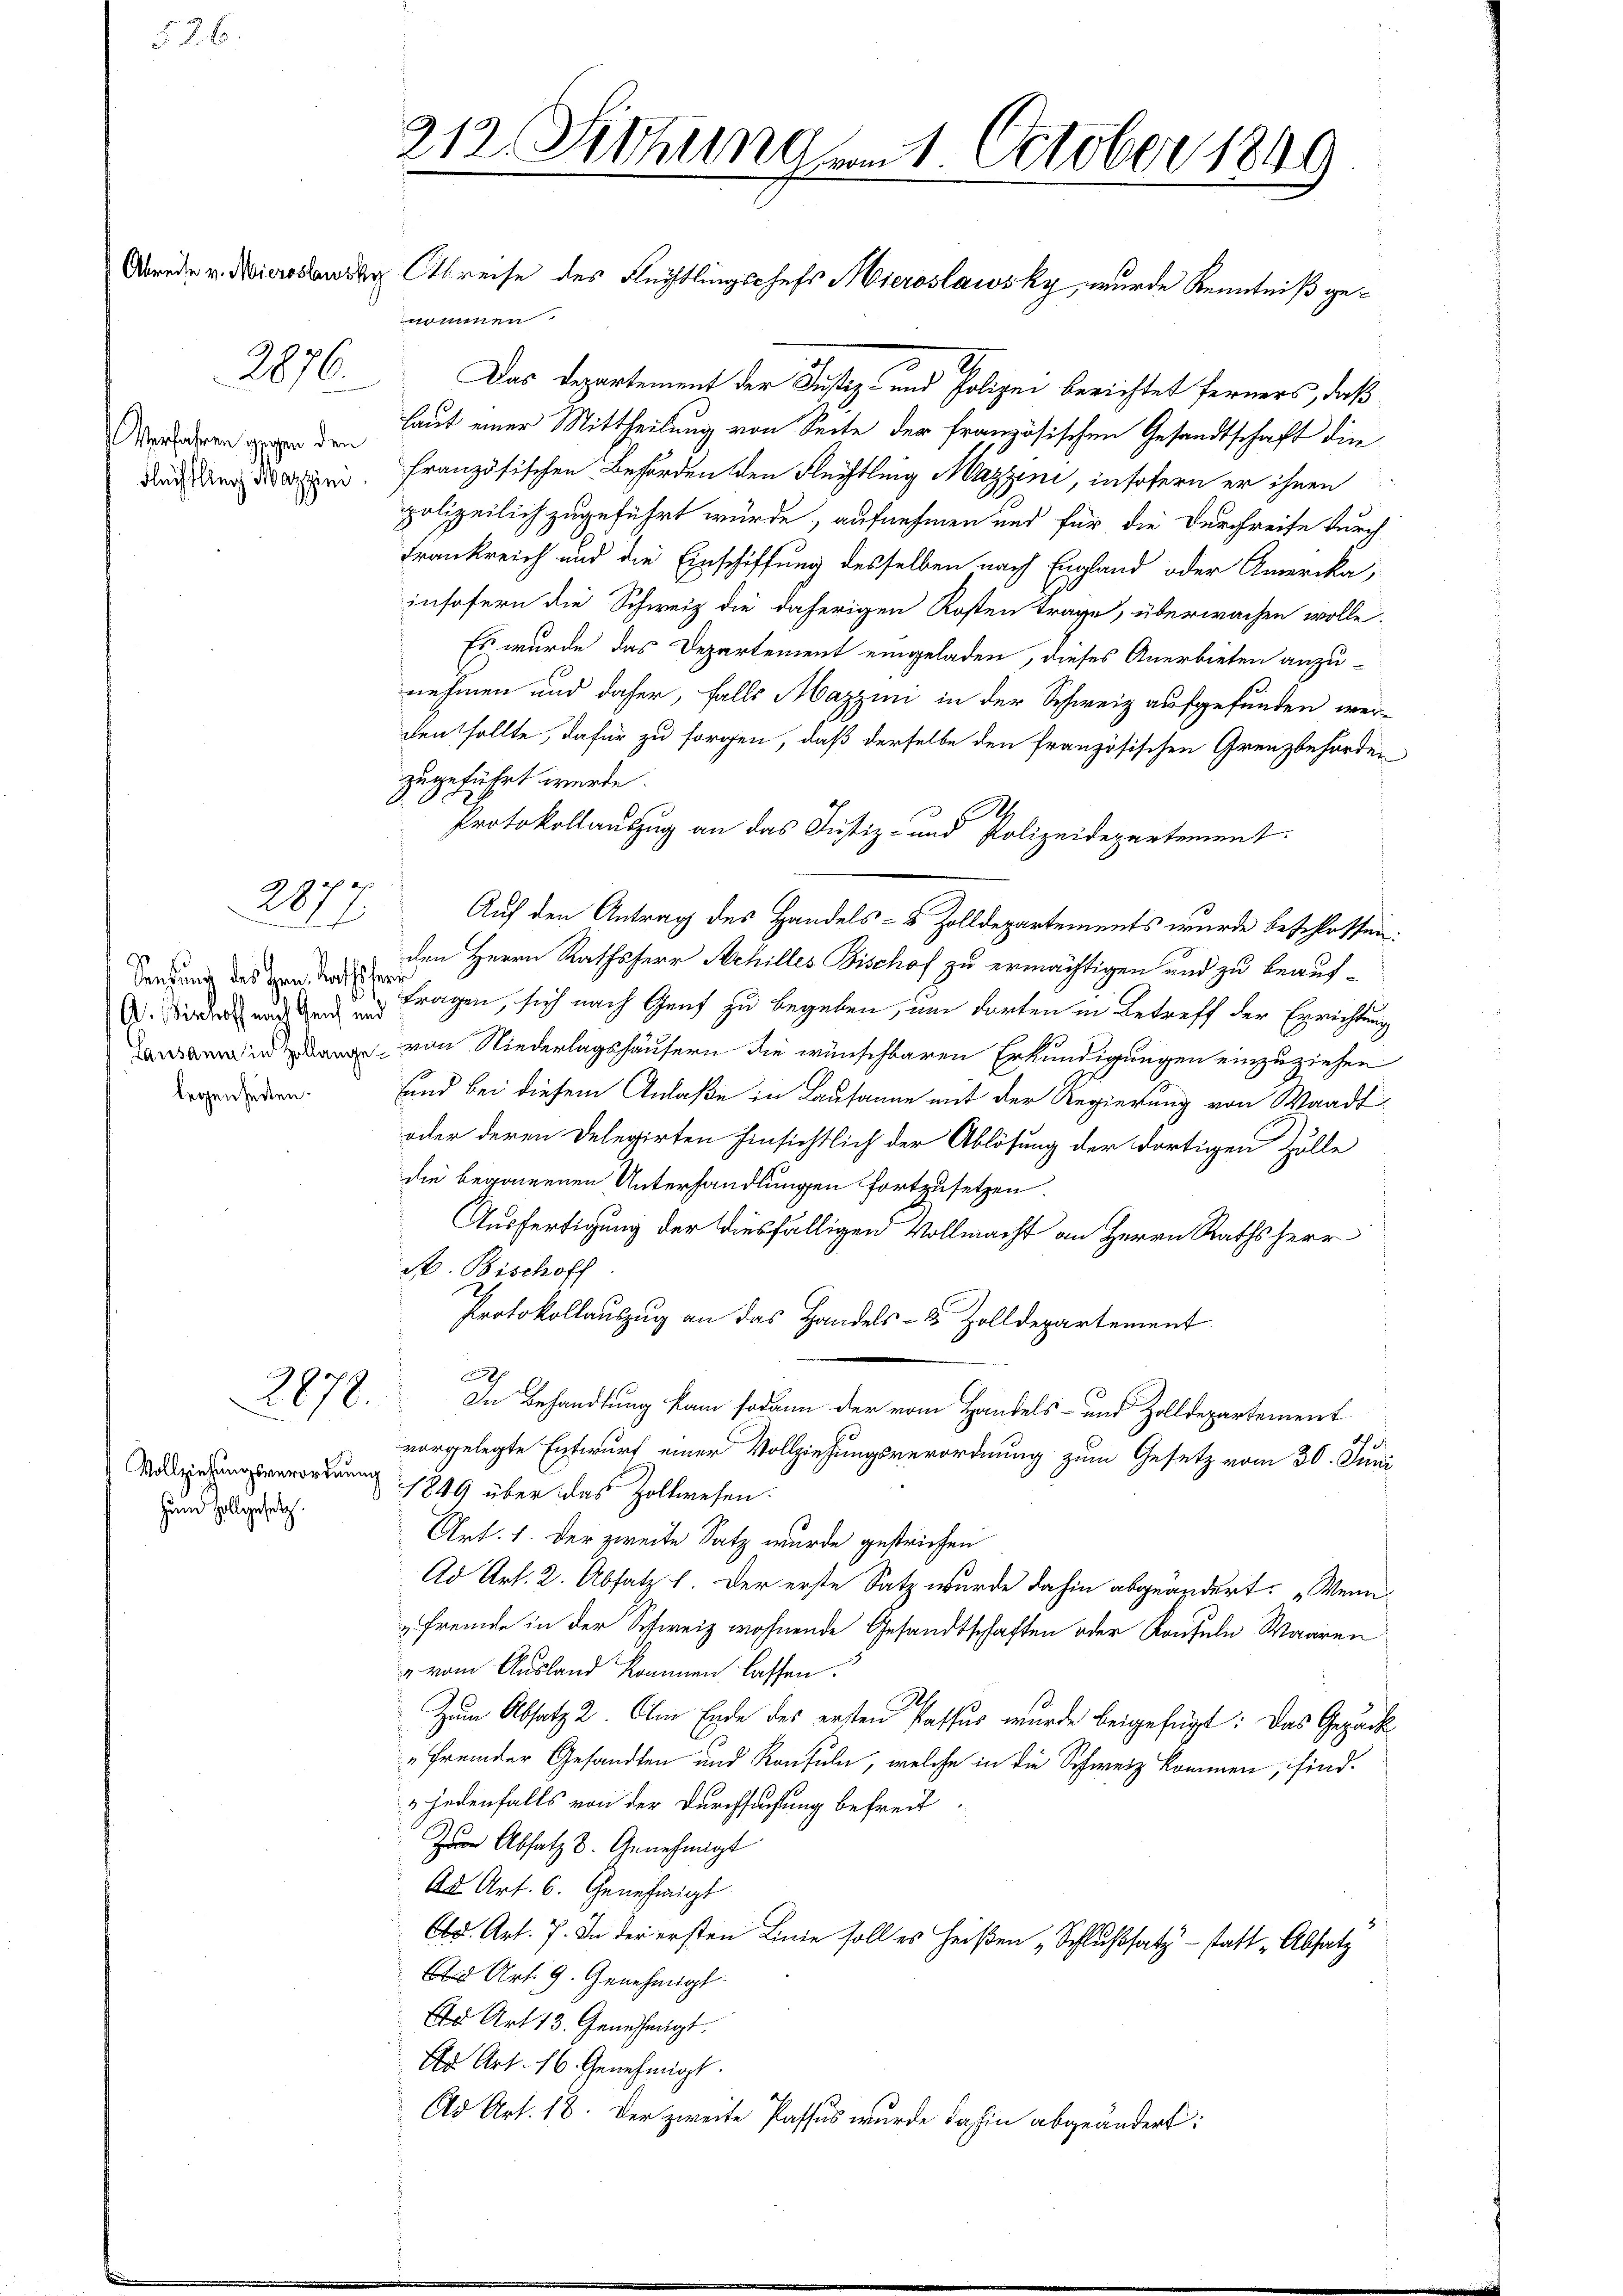
. N. B.

Abreite v. Mieroslawsky
Verfahren gegen den
Flüchtling Martini

2876.

.
287
s

Senkung des Hrn. Rathsher
A. Bischoff nach Genf und
Lausann in Zollangelegenheiten.

2872.

Vollziehungsverordnung
Ham Zollgesetz.

212. Siehung am 1. October 1899

nommen
Das Departement der Justiz- und Polizei berichtet ferners, daß
laut einer Mittheilung von Seite der französischen Gesandtschaft die
französischen Behörden den Flüchtlung Mazzen, insofern er ihnen
polizeilich zugeführt würde, aufnehmen und für die Durchreife durch
Frankreich und die Einschiffung desselben nach England oder Amerika,
insofern die Schweiz die daherigen Kosten trage, überwachen wolle.
Es wurde das Departement eingeladen, dieses Anerbieten anzu-
nehmen und daher, falls Mazzini in der Schweiz aufgefunden werden sollte, dafür zu sorgen, daß derselbe den französischen Grenzbehörden
zugeführt wurde.
M.
Protokollauszug an das Justiz- und Polizeidepartement
Auf den Antrag des Handels- & Zolldepartements wurde beschlossen:
den Herrn Rathsherr Achilles Bischof zu ermächtigen und zu beauf
tragen, sich nach Genf zu begeben, um dorten in Betreff der Errichtung
von Niederlagshäusern die wünschbaren Erkundigungen einzuziehen
sund bei diesem Anlaße in Lausanne mit der Regierung von Waadt
oder deren Delegirten hinsichtlich der Ablösung der dortigen Zölle
die begonnenen Unterhandlungen fortzusetzen.
Ausfertigung der diesfälligen Vollmacht an Herrn Rathsherr
A. Bischoff
Protokollauszug an das Handels- & Zolldepartement
h
In Behandlung kam sodann der vom Handels- und Zolldepartement
vorgelegte Entwurf einer Vollziehungsverordnung zum Gesetz vom 30. Juni
1849 über das Zollwesen.
Art. 1. Der zweite Satz wurde gestrichen
Ad Art. 2. Absatz 1 der erste Satz wurde dahin abgeändert: „Wenn
Fremde in der Schweiz wohnende Gesandtschaften oder Konsuln Waaren
 vom Ausland kommen lassen.
Zum Absatz 2. Am Ende des ersten Passus wurde beigefügt: Das Gepäck
„Fremder Gesandten und Konsuln, welche in die Schweiz kommen, sind.
u jedenfalls von der Durchsuchung befreit.
Zur Absatz d. Genehmigt
Ad Art. 6. Genehmigt.
d. Art. 7. In der ersten Linie soll es heißen „Schlußsatz statt „Absatz
 Art. 9. Genehmigt
d Art 13. Genehmigt.
O Art. 16. Genehmigt.
Cd Art. 18. Der zweite Passus wurde dahin abgeändert:

Abreise des Flechtlingschefs Mieroslawsky, wurde Kenntniß ge¬